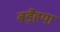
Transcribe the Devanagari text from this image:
बड़ैहया